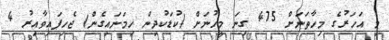
މި އަހަރުގެ މިހާތަނަށް 475 ގިނަ މީހުނަށް (ކުޑަކުދިން ހިމަނައިގެން) ޖެހިފައިވާއިރު 4